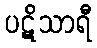
ပဋိသာရီ